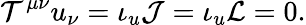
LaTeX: {\cal T}^{\mu\nu}u_{\nu}=\iota_{u}{\cal J}=\iota_{u}{\cal L}=0.